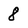
Character: 8